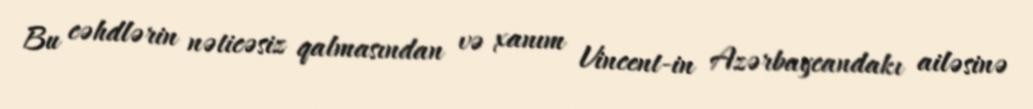
Bu cəhdlərin nəticəsiz qalmasından və xanım Vincent-in Azərbaycandakı ailəsinə